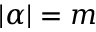
| \alpha | = m